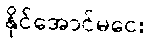
နိုင်အောင်မငေး